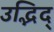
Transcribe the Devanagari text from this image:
उद्भिद्